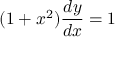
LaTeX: ( 1 + x ^ { 2 } ) { \frac { d y } { d x } } = 1